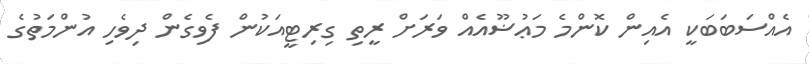
އެއްސަބަބަކީ އެއިން ކޮންމެ މަޢުޟޫއެއް ވަރަށް ރީތި ގިރިޓީއަކުން ފެވިގެން ދިވެހި އުންމަތުގެ